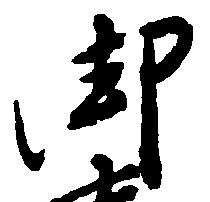
御